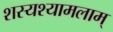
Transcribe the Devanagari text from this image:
शस्यश्यामलाम्